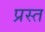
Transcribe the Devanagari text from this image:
प्रस्त